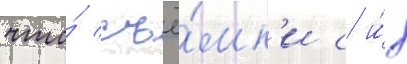
что́ съё́мк'и с и́х